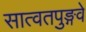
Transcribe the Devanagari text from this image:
सात्वतपुङ्गवे